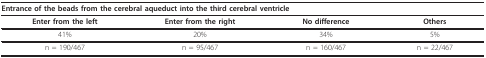
| <COLSPAN=4> Entrance of the beads from the cerebral aqueduct into the third cerebral ventricle |
 | --- | --- | --- | --- |
 | Enter from the left | Enter from the right | No difference | Others |
 | 41% | 20% | 34% | 5% |
 | n = 190/467 | n = 95/467 | n = 160/467 | n = 22/467 |